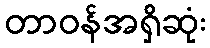
တာဝန်အရှိဆုံး